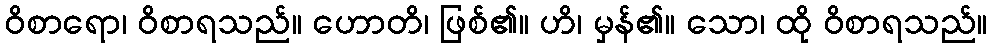
ဝိစာရော၊ ဝိစာရသည်။ ဟောတိ၊ ဖြစ်၏။ ဟိ၊ မှန်၏။ သော၊ ထို ဝိစာရသည်။